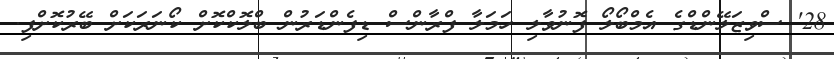
28' ސްވިޒަލޭންޑްގެ އެމްބޯލޯ ފޮނުވާލި ހަމަލާ ފްރާންސް ޑިފެންޑަރުން ބްލޮކްކޮށް ކޯނަރަކަށް ބޭރުކޮށްފި.